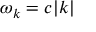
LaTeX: \omega _ { k } = c | k |